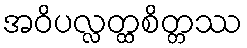
အဝိပလ္လတ္ထစိတ္တဿ